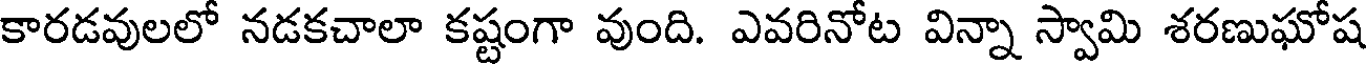
కారడవులలో నడకచాలా కష్టంగా వుంది. ఎవరినోట విన్నా స్వామి శరణుఘోష